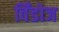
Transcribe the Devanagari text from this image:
विँडोज